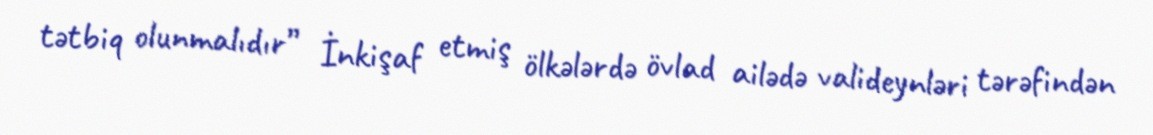
tətbiq olunmalıdır” İnkişaf etmiş ölkələrdə övlad ailədə valideynləri tərəfindən